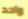
واحد